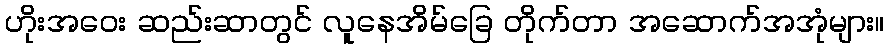
ဟိုးအဝေး ဆည်းဆာတွင် လူနေအိမ်ခြေ တိုက်တာ အဆောက်အအုံများ။